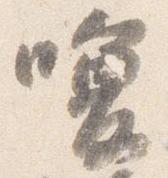
喚